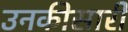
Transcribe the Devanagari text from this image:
उनकीसारी